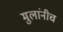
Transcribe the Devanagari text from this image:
मुलांनीच